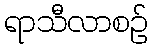
ရာသီလာစဉ်